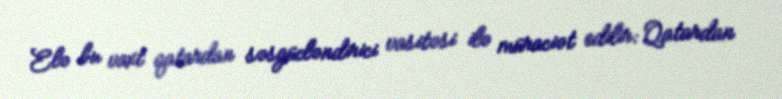
Elə bu vaxt qatardan səsgücləndirici vasitəsi ilə müraciət edilir: Qatardan